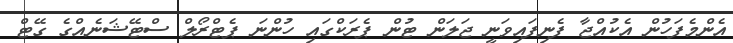
އެންމެފަހުން އެކުއްޖާ ފެނިފައިވަނީ ޖަލަން ޓުން ޕެރަކްގައި ހުންނަ ޕެޓްރޯލް ސްޓޭޝަނެއްގެ ގޭޓް